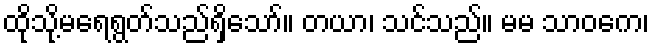
ထိုသို့မရေရွတ်သည်ရှိသော်။ တယာ၊ သင်သည်။ မမ သာဝကေ၊